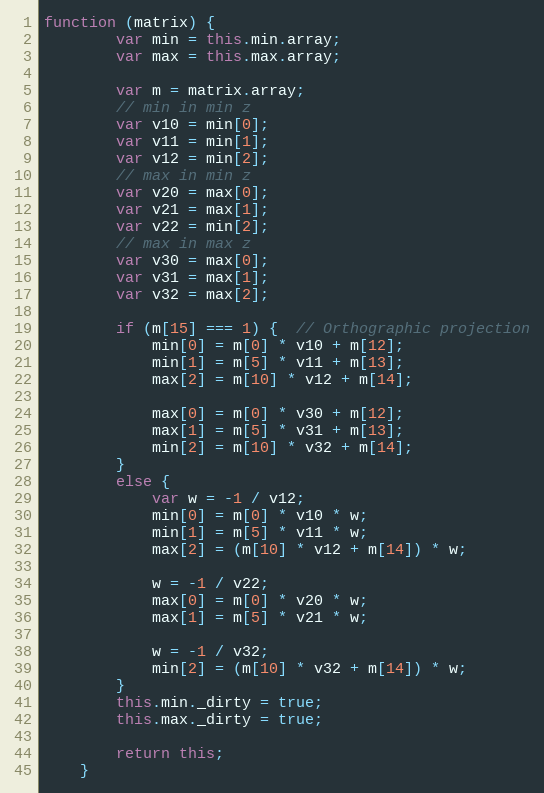
Language: JavaScript
function (matrix) {
        var min = this.min.array;
        var max = this.max.array;

        var m = matrix.array;
        // min in min z
        var v10 = min[0];
        var v11 = min[1];
        var v12 = min[2];
        // max in min z
        var v20 = max[0];
        var v21 = max[1];
        var v22 = min[2];
        // max in max z
        var v30 = max[0];
        var v31 = max[1];
        var v32 = max[2];

        if (m[15] === 1) {  // Orthographic projection
            min[0] = m[0] * v10 + m[12];
            min[1] = m[5] * v11 + m[13];
            max[2] = m[10] * v12 + m[14];

            max[0] = m[0] * v30 + m[12];
            max[1] = m[5] * v31 + m[13];
            min[2] = m[10] * v32 + m[14];
        }
        else {
            var w = -1 / v12;
            min[0] = m[0] * v10 * w;
            min[1] = m[5] * v11 * w;
            max[2] = (m[10] * v12 + m[14]) * w;

            w = -1 / v22;
            max[0] = m[0] * v20 * w;
            max[1] = m[5] * v21 * w;

            w = -1 / v32;
            min[2] = (m[10] * v32 + m[14]) * w;
        }
        this.min._dirty = true;
        this.max._dirty = true;

        return this;
    }